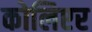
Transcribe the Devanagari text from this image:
कोलिएर